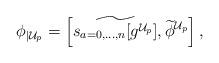
LaTeX: \begin{align*}\phi_{|\mathcal{U}_p} = \left[\widetilde{s_{a=0,...,n}[g^{\mathcal{U}_p}]},\widetilde{\phi}^{\mathcal{U}_p} \right],\end{align*}